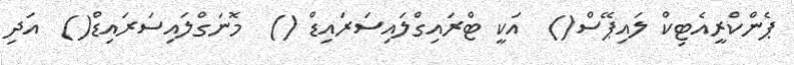
ޕެންކްރީއެޓިކް ލައިޕޭސް()  އަކީ ޓްރައިގްލައިސަރައިޑް ()  މޮނަގްލައިސަރައިޑް()  އަދި